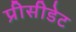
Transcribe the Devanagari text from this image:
प्रीसीडेट